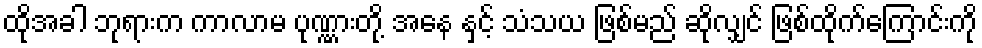
ထိုအခါ ဘုရားက ကာလာမ ပုဏ္ဏားတို့ အနေ နှင့် သံသယ ဖြစ်မည် ဆိုလျှင် ဖြစ်ထိုက်ကြောင်းကို